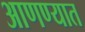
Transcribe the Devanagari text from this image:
आणण्यात